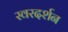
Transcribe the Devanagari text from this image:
स्वरदर्शन